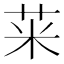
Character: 𱽥